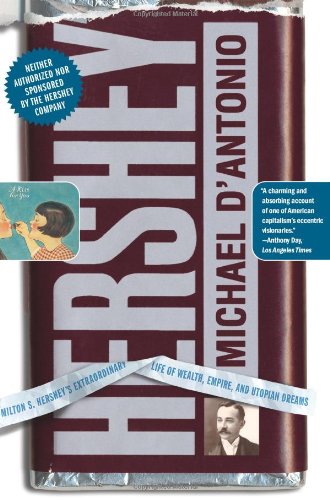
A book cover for Hershey: Milton S. Hershey's Extraordinary Life of Wealth, Empire, and Utopian Dreams; Michael D'Antonio; Science & Math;